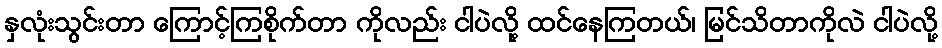
နှလုံးသွင်းတာ ကြောင့်ကြစိုက်တာ ကိုလည်း ငါပဲလို့ ထင်နေကြတယ်၊ မြင်သိတာကိုလဲ ငါပဲလို့